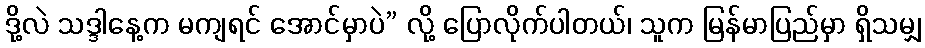
ဒို့လဲ သဒ္ဒါနေ့က မကျရင် အောင်မှာပဲ” လို့ ပြောလိုက်ပါတယ်၊ သူက မြန်မာပြည်မှာ ရှိသမျှ